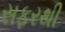
સફરથી